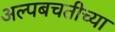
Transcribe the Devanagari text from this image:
अल्पबचतीच्या